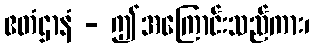
ဧတံဌာနံ - ဤအကြောင်းသည်ကား၊